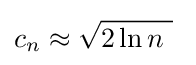
c_{n}\approx {\sqrt {2\ln n\ }}\